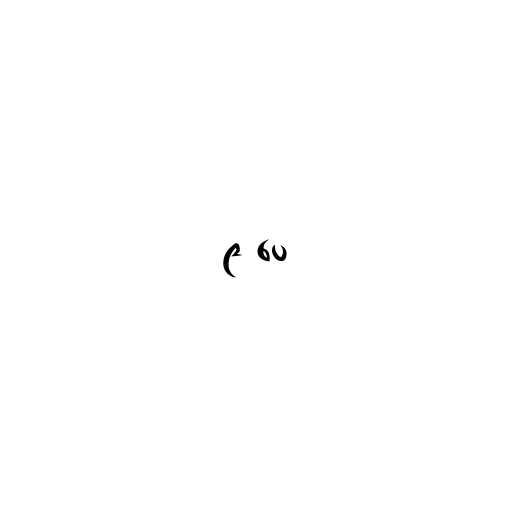
၉ ပေ